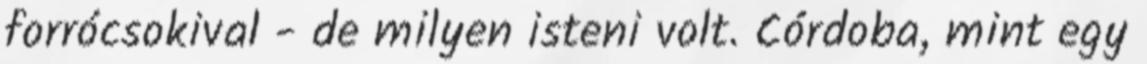
forrócsokival - de milyen isteni volt. Córdoba, mint egy